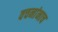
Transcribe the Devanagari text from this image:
वचनांनाच